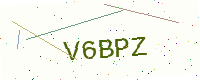
Text: V6BPZ